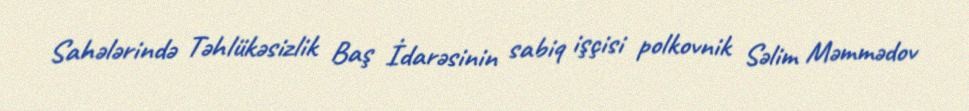
Sahələrində Təhlükəsizlik Baş İdarəsinin sabiq işçisi polkovnik Səlim Məmmədov